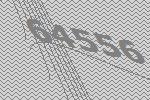
64556